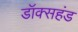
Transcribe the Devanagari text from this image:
डॉक्सहंड